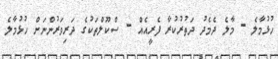
ހުޅުމާލެ - މާލެ ދެމެދު ދަތުރުކުރާ ފެރީއެއް - ސްކޫލްތަކުގެ ދަރިވަރުންނަށް ހުޅުމާލެ